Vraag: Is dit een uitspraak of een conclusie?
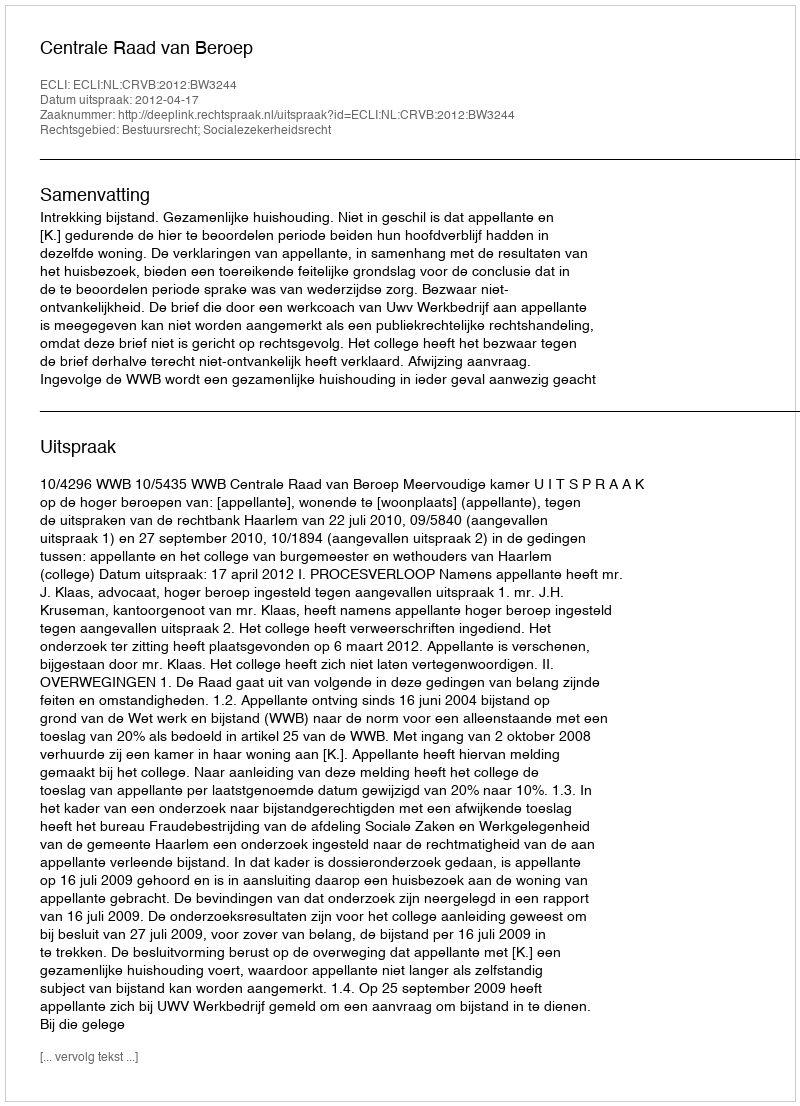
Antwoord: Uitspraak